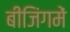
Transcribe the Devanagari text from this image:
बीजिंगमें